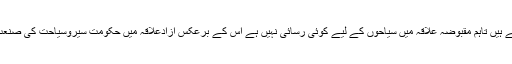
دنیابھر سے کشمیرجنت نظیر کولوگ دیکھناچاہتے ہیں تاہم مقبوضہ علاقہ میں سیاحوں کے لیے کوئی رسائی نہیں ہے اس کے برعکس آزادعلاقہ میں حکومت سیروسیاحت کی صنعت کے فروغ کے لیے عملی اقدامات اٹھارہی ہے ۔